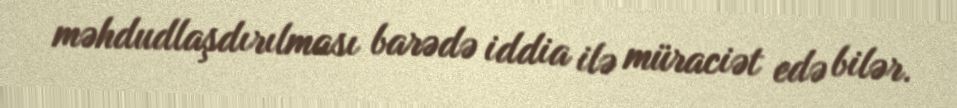
məhdudlaşdırılması barədə iddia ilə müraciət edə bilər.